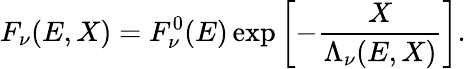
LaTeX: F_{\nu}(E,X)=F_{\nu}^{0}(E)\exp\left[-\frac{X}{\Lambda_{\nu}(E,X)}\right].